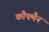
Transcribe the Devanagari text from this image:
कौफ्मैन